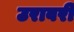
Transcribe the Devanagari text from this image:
उरावरी